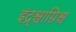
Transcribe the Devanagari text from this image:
इंद्र्श्चाग्निश्च